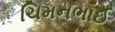
ચિમનભાઈ